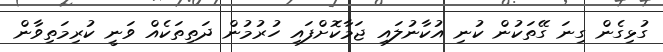
ގުޅިގެން ގިނަ ގޭތަކުން ކުނި އުކާނުލައި ޖަމާކޮށްފައި ހުރުމުން ދަތިތަކެއް ވަނީ ކުރިމަތިވާން